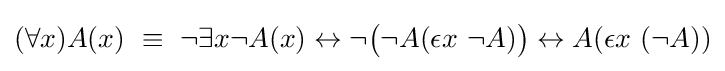
(\forall x)A(x)\ \equiv \ \neg \exists x\neg A(x)\leftrightarrow \neg {\big (}\neg A(\epsilon x\ \neg A){\big )}\leftrightarrow A(\epsilon x\ (\neg A))